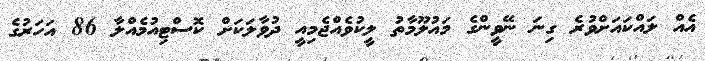
އެއް ލައްކައަށްވުރެ ގިނަ ނޭވީންގެ މައުލޫމާތު ލީކުވެއްޖެމިއީ ދުވާލަކަށް ކޮސްޓިއުމެއްލާ 86 އަހަރުގެ